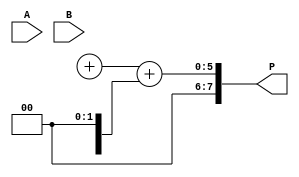
module WallaceTreeMultiplier #(parameter N = 4) (
    input [N-1:0] A,
    input [N-1:0] B,
    output [2*N-1:0] P
);

    // Generate Partial Products
    wire [N-1:0] pp[N-1:0]; // Partial products matrix
    genvar i, j;
    generate
        for (i = 0; i < N; i = i + 1) begin : pp_gen
            for (j = 0; j < N; j = j + 1) begin : pp_row
                assign pp[i][j] = A[i] & B[j]; // AND operation for partial product generation
            end
        end
    endgenerate

    // Carry-Save Adders and Compression Logic
    wire [N:0] sum[N-1:0]; // Sum outputs from CSAs
    wire [N:0] carry[N-1:0]; // Carry outputs from CSAs

    // First Stage of CSA
    genvar k;
    generate
        for (k = 0; k < N; k = k + 1) begin : CSA_stage1
            if (k == 0) begin
                assign sum[k] = {1'b0, pp[k]} + {1'b0, pp[k+1]};
                assign carry[k] = {1'b0};
            end else if (k < N-1) begin
                assign sum[k] = {1'b0, pp[k]} + {1'b0, pp[k+1]} + {1'b0, carry[k-1]};
                assign carry[k] = sum[k][N] + (pp[k][N] ^ pp[k+1][N]);
            end
        end
    endgenerate

    // Additional CSA stages can be added here as needed
    // For simplicity, we'll combine two stages here.

    // Final Adder
    wire [N:0] final_sum;
    wire [N:0] final_carry;

    assign final_sum = sum[N-1] + carry[N-1];

    // Final Output
    assign P = {final_sum[N], final_sum[N-1:0]} + {1'b0, final_carry};

endmodule